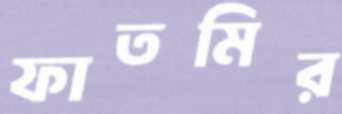
ফাতমির